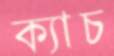
ক্যাচ